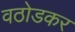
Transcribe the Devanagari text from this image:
वठोडकर